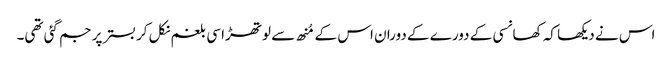
اس نے دیکھا کہ کھانسی کے دورے کے دوران اس کے مُنھ سے لوتھڑا سی بلغم نکل کر بستر پر جم گئی تھی۔